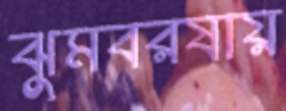
ঝুমবরষায়